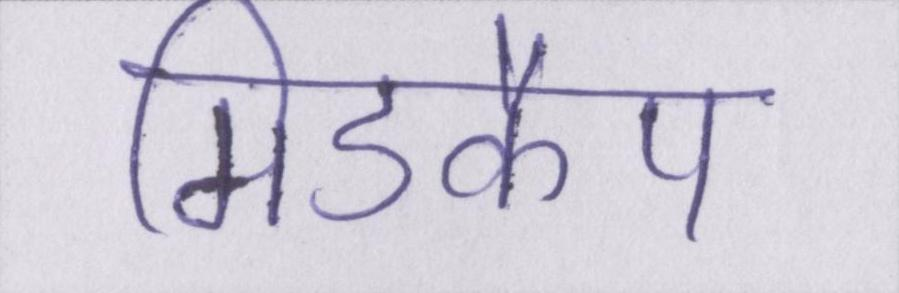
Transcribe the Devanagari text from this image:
मिडकैप